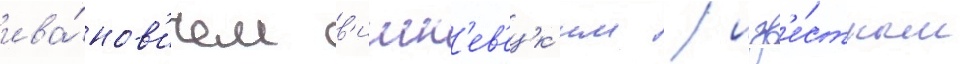
ива́нов'ичем в'ишн'ев'ецк'им / изв'е́стным